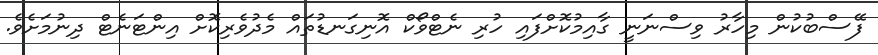
ފޭސްބުކުން މިހާރު ވިސްނަނީ ގާއިމުކޮށްފައި ހުރި ނެޓްވޯކް އޮނިގަނޑުތައް މެދުވެރިކޮށް އިންޓަނެޓް ދިނުމަށެވެ.